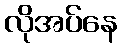
လိုအပ်နေ